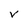
Character: V